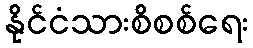
နိုင်ငံသားစိစစ်ရေး